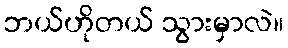
ဘယ်ဟိုတယ် သွားမှာလဲ။